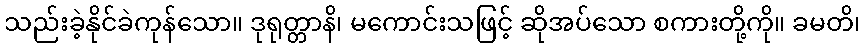
သည်းခဲ့နိုင်ခဲကုန်သော။ ဒုရုတ္တာနိ၊ မကောင်းသဖြင့် ဆိုအပ်သော စကားတို့ကို။ ခမတိ၊